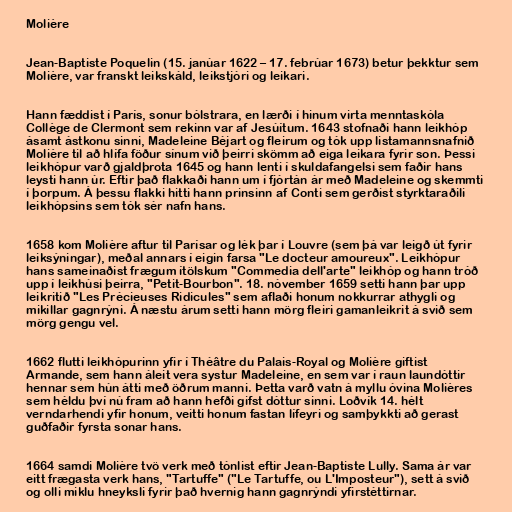
Molière

Jean-Baptiste Poquelin (15. janúar 1622 – 17. febrúar 1673) betur þekktur sem
Molière, var franskt leikskáld, leikstjóri og leikari.

Hann fæddist í París, sonur bólstrara, en lærði í hinum virta menntaskóla
Collège de Clermont sem rekinn var af Jesúítum. 1643 stofnaði hann leikhóp
ásamt ástkonu sinni, Madeleine Béjart og fleirum og tók upp listamannsnafnið
Molière til að hlífa föður sínum við þeirri skömm að eiga leikara fyrir son. Þessi
leikhópur varð gjaldþrota 1645 og hann lenti í skuldafangelsi sem faðir hans
leysti hann úr. Eftir það flakkaði hann um í fjórtán ár með Madeleine og skemmti
í þorpum. Á þessu flakki hitti hann prinsinn af Conti sem gerðist styrktaraðili
leikhópsins sem tók sér nafn hans.

1658 kom Molière aftur til Parísar og lék þar í Louvre (sem þá var leigð út fyrir
leiksýningar), meðal annars í eigin farsa "Le docteur amoureux". Leikhópur
hans sameinaðist frægum ítölskum "Commedia dell'arte" leikhóp og hann tróð
upp í leikhúsi þeirra, "Petit-Bourbon". 18. nóvember 1659 setti hann þar upp
leikritið "Les Précieuses Ridicules" sem aflaði honum nokkurrar athygli og
mikillar gagnrýni. Á næstu árum setti hann mörg fleiri gamanleikrit á svið sem
mörg gengu vel.

1662 flutti leikhópurinn yfir í Théâtre du Palais-Royal og Molière giftist
Armande, sem hann áleit vera systur Madeleine, en sem var í raun laundóttir
hennar sem hún átti með öðrum manni. Þetta varð vatn á myllu óvina Molières
sem héldu því nú fram að hann hefði gifst dóttur sinni. Loðvík 14. hélt
verndarhendi yfir honum, veitti honum fastan lífeyri og samþykkti að gerast
guðfaðir fyrsta sonar hans.

1664 samdi Molière tvö verk með tónlist eftir Jean-Baptiste Lully. Sama ár var
eitt frægasta verk hans, "Tartuffe" ("Le Tartuffe, ou L'Imposteur"), sett á svið
og olli miklu hneyksli fyrir það hvernig hann gagnrýndi yfirstéttirnar.